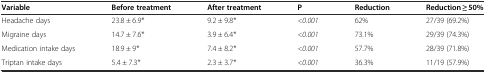
<table><thead><tr><td><b>Variable</b></td><td><b>Before treatment</b></td><td><b>After treatment</b></td><td><b>P</b></td><td><b>Reduction</b></td><td><b>Reduction ≥ 50%</b></td></tr></thead><tbody><tr><td>Headache days</td><td>23.8 ± 6.9*</td><td>9.2 ± 9.8*</td><td><i>&lt;0.001</i></td><td>62%</td><td>27/39 (69.2%)</td></tr><tr><td>Migraine days</td><td>14.7 ± 7.6*</td><td>3.9 ± 6.4*</td><td><i>&lt;0.001</i></td><td>73.1%</td><td>29/39 (74.3%)</td></tr><tr><td>Medication intake days</td><td>18.9 ± 9*</td><td>7.4 ± 8.2*</td><td><i>&lt;0.001</i></td><td>57.7%</td><td>28/39 (71.8%)</td></tr><tr><td>Triptan intake days</td><td>5.4 ± 7.3*</td><td>2.3 ± 3.7*</td><td><i>&lt;0.001</i></td><td>36.3%</td><td>11/19 (57.9%)</td></tr></tbody></table>